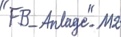
Text: "FB-Anlage"_M2